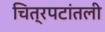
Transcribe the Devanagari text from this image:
चित्रपटांतली